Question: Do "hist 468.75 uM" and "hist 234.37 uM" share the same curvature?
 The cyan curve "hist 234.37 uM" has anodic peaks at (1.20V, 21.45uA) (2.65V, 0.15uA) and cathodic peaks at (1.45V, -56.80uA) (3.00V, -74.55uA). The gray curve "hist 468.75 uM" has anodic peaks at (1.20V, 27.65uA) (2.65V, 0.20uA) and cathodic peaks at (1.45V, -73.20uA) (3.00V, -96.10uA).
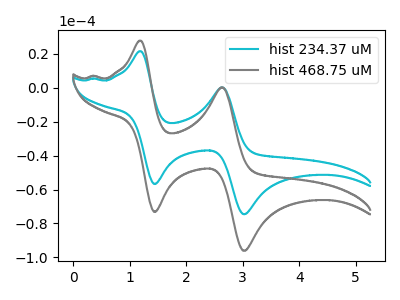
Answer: <think>All the peaks in "hist 468.75 uM" have a peak in "hist 234.37 uM" at the same potential. Every peak in "hist 468.75 uM" is higher than every peak in "hist 234.37 uM".
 </think>
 <answer>"hist 468.75 uM" and "hist 234.37 uM" are similar in shape.</answer>
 <eval>same_shape</eval>